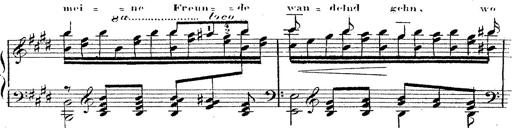
Title: 12 Lieder von Franz Schubert
Composer: Franz Liszt